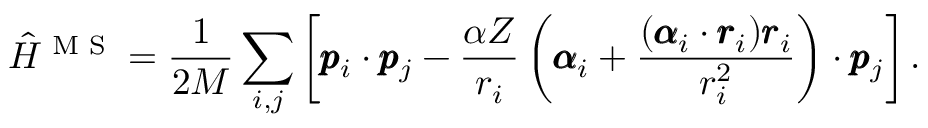
\hat { H } ^ { \textrm { M S } } = \frac { 1 } { 2 M } \sum _ { i , j } \left[ \pmb { p } _ { i } \cdot \pmb { p } _ { j } - \frac { \alpha Z } { r _ { i } } \left( \pmb { \alpha } _ { i } + \frac { ( \pmb { \alpha } _ { i } \cdot \pmb { r } _ { i } ) \pmb { r } _ { i } } { r _ { i } ^ { 2 } } \right) \cdot \pmb { p } _ { j } \right] .